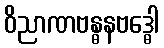
ဝိညာဏဗန္ဓနဗဒ္ဓေါ